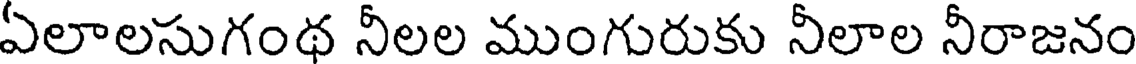
ఏలాలసుగంథ నీలల ముంగురుకు నీలాల నీరాజనం